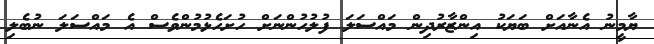
ޔާމީނު އެނާއަށް ބަޔަކު އިންޒާރުދިން މައްސަލަ ފުލުހުންނަށް ހުށަހެޅުމުންވެސް އެ މައްސަލަ ނުބެލި